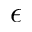
\epsilon